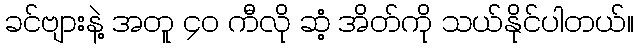
ခင်ဗျားနဲ့ အတူ ၄၀ ကီလို ဆံ့ အိတ်ကို သယ်နိုင်ပါတယ်။